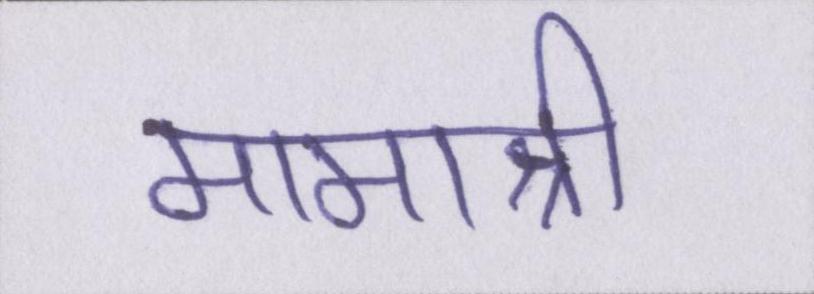
मामाश्री